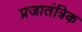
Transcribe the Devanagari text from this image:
प्रजातंत्रिक